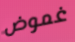
غموض